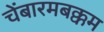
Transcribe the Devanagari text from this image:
चेंबारमबक्कम